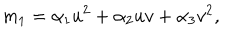
m _ { 1 } = \alpha _ { 1 } u ^ { 2 } + \alpha _ { 2 } u v + \alpha _ { 3 } v ^ { 2 } ,